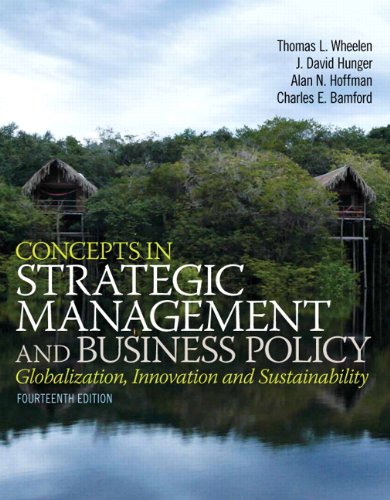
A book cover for Concepts in Strategic Management and Business Policy (14th Edition); Thomas L. Wheelen; Business & Money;